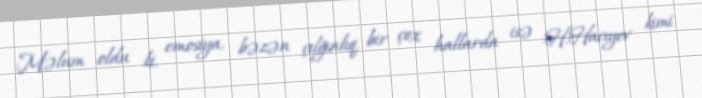
Məlum oldu ki, emosiya, bəzən çılğınlıq, bir çox hallarda isə H.Hacıyev kimi